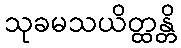
သုခမသယိတ္ထန္တိ